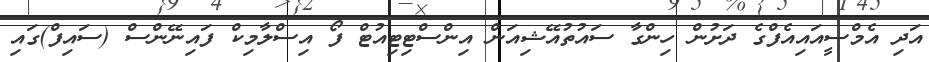
އަދި އެމްސީއައިއެފްގެ ދަށުން ހިންގާ ސައުތުއޭޝިއަން އިންސްޓިޓިއުޓް ފޯ އިސްލާމިކް ފައިނޭންސް (ސައިފް)ގައި